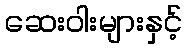
ဆေးဝါးများနှင့်